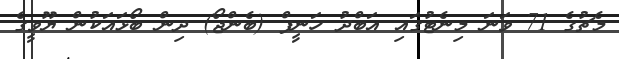
މެޗުގެ 71 ވަނަ މިނެޓުގައި އަބްދު ހަނީފް (ބެންޖޯ) ދިން ބޯޅައަކުން ޔޫވީގެ